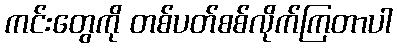
ကင်းတွေကို တစ်ပတ်စစ်လိုက်ကြတာပါ